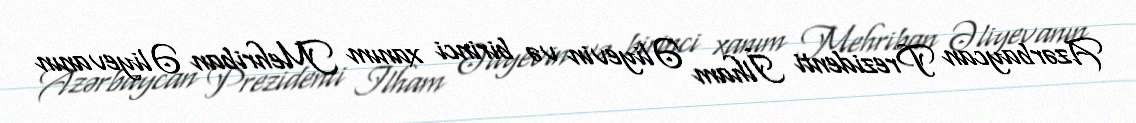
Azərbaycan Prezidenti İlham Əliyevin və birinci xanım Mehriban Əliyevanın